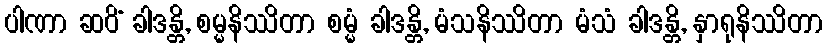
ပါဏာ ဆဝိံ ခါဒန္တိ, စမ္မနိဿိတာ စမ္မံ ခါဒန္တိ, မံသနိဿိတာ မံသံ ခါဒန္တိ, နှာရုနိဿိတာ